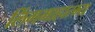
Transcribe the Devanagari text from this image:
लिंगमाहात्म्य